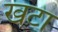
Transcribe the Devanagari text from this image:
खटा